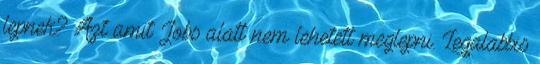
lepnek? Azt amit Jobs alatt nem lehetett meglepni. Legalabbis